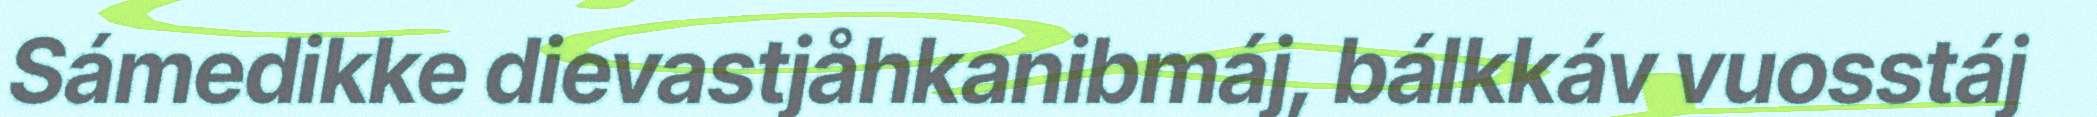
Sámedikke dievastjåhkanibmáj, bálkkáv vuosstáj